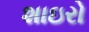
શાઇરો